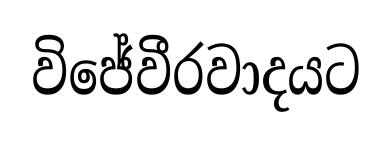
විජේවීරවාදයට